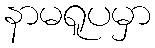
နာမရူပမှာ